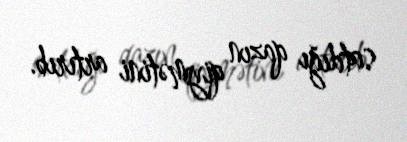
satdığı qazın qiymətini artırıb.